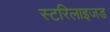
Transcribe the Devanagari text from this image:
स्टरिलाइजड